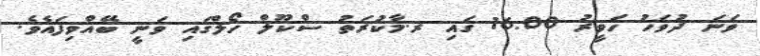
ވަނަ ދުވަހު ހަވީރު 16:00 ގައި ރ.މާކުރަތު ސްކޫލް ހޯލްގައި ވަނީ ބޭއްވިފައެވެ.